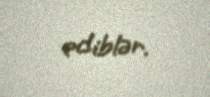
ediblər.